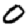
Digit: 0